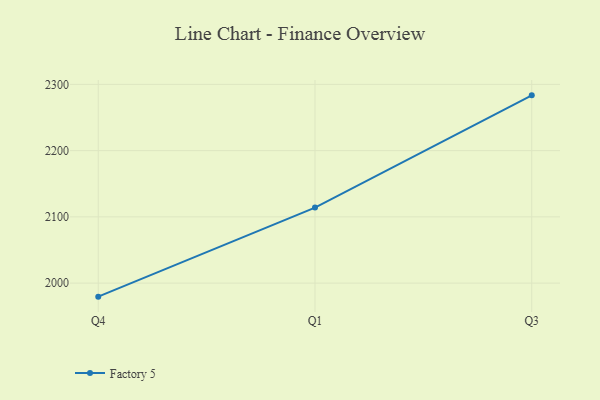
{"axis": {"x": "Quarter", "y": "Humidity (%)"}, "legend": ["Factory 5"], "data": [{"x": "Q4", "y": 1979.5, "type": "Factory 5"}, {"x": "Q1", "y": 2114.0, "type": "Factory 5"}, {"x": "Q3", "y": 2283.5, "type": "Factory 5"}]}